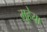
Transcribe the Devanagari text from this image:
मुहेया